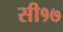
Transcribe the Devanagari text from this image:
सी१७